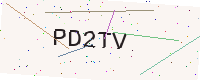
Text: PD2TV